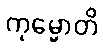
ကုမ္မောတိ